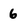
Character: 6